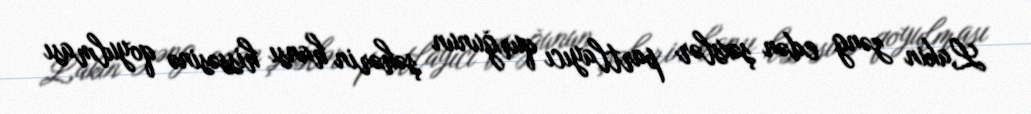
Lakin zəng edən şəxslər partlayıcı qurğunun şəhərin hansı hissəsinə qoyulması